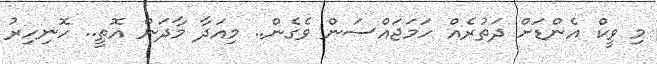
މި ވީކް އެންޑަށް ދަތުރެއް ހަމަޖައްސަން ވެގެން.. މިއަދާ މާދަން އޮތީ.. ހޮނިހިރު